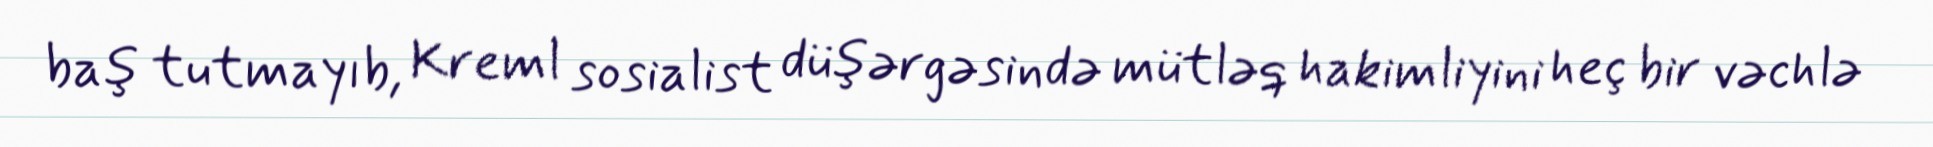
baş tutmayıb, Kreml sosialist düşərgəsində mütləq hakimliyini heç bir vəchlə